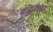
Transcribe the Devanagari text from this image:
बाटुमच्या